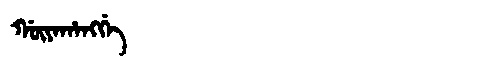
Manchu: ᡤᡡᠶᠠᡥᠠᠩᡤᡝ
Romanization: GŪYAHANGGE